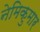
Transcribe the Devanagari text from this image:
नेमिकुमार